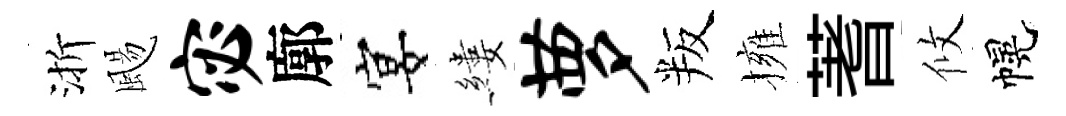
渐颺宓廓宴縷萝叛擁蓍攸幌